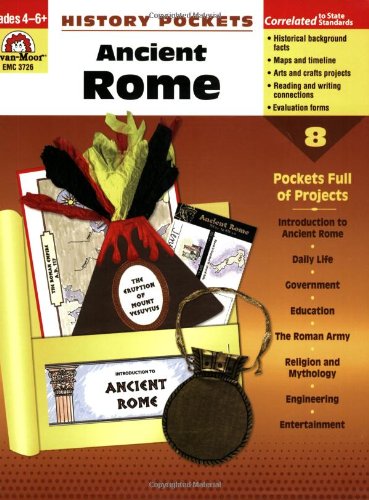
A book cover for History Pockets: Ancient Rome, Grades 4-6+; Evan Moor; Children's Books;